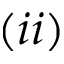
( i i )